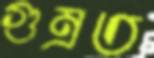
গুম্‌রত